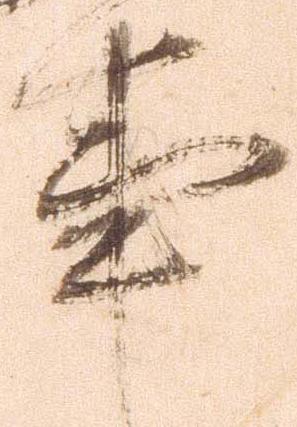
事